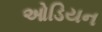
ઓડિયન